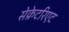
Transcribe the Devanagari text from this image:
सेक्रेटरिएट